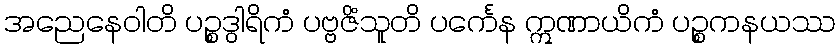
အညေနေဝါတိ ပဉ္စဒွါရိကံ ပဗ္ဗဇိံသူတိ ပင်္ကေန ဣဏာယိကံ ပဉ္စကနယဿ